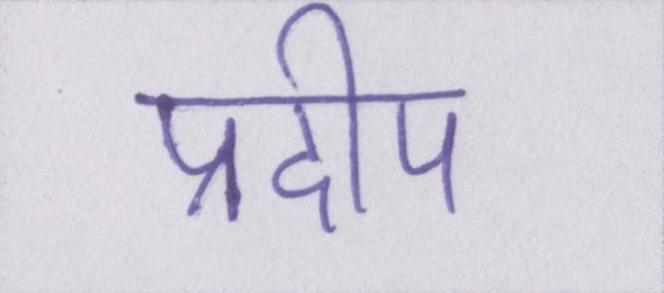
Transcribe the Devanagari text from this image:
प्रदीप